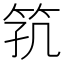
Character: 𬔸